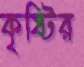
কৃষ্টির